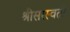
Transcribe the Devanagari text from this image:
श्रीसरस्वती